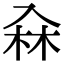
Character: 𠓭